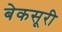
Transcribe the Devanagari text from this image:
बेकसूरी